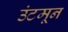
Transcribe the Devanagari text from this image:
उंटमून